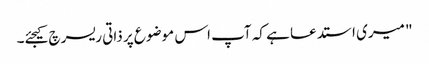
"‌ میری استدعا ہے کہ آپ اس موضوع پر ذاتی ریسرچ کیجئے۔